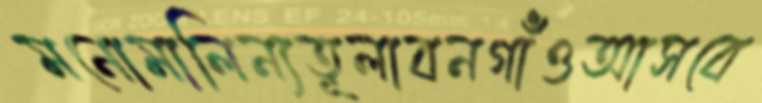
মনোমালিন্যতূলাবনগাঁওআসবে